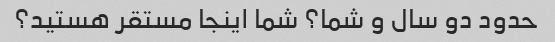
حدود دو سال و شما؟ شما اینجا مستقر هستید؟